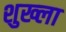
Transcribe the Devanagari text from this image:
शुख्ला